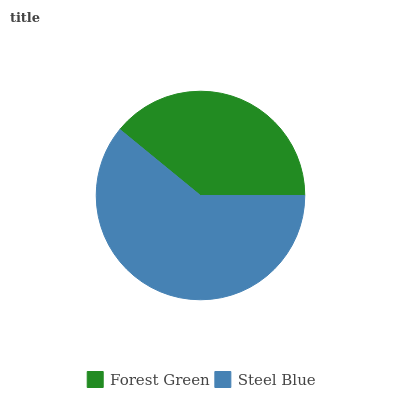
| Forest Green | Steel Blue |
 | --- | --- |
 | 39.1% | 60.9% |